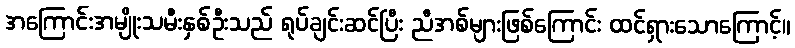
အကြောင်းအမျိုးသမီးနှစ်ဦးသည် ရုပ်ချင်းဆင်ပြီး ညီအစ်များဖြစ်ကြောင်း ထင်ရှားသောကြောင့်။